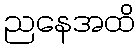
ညနေအထိ